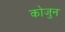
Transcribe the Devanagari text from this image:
कोजुन